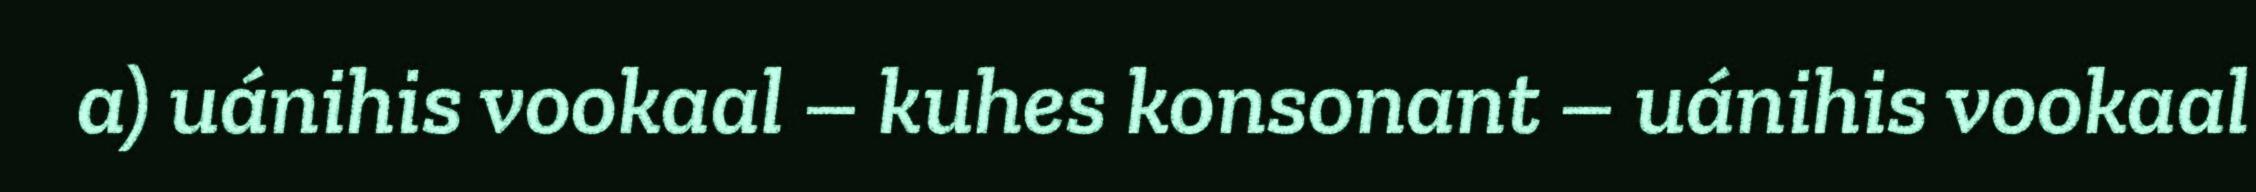
a) uánihis vookaal – kuhes konsonant – uánihis vookaal